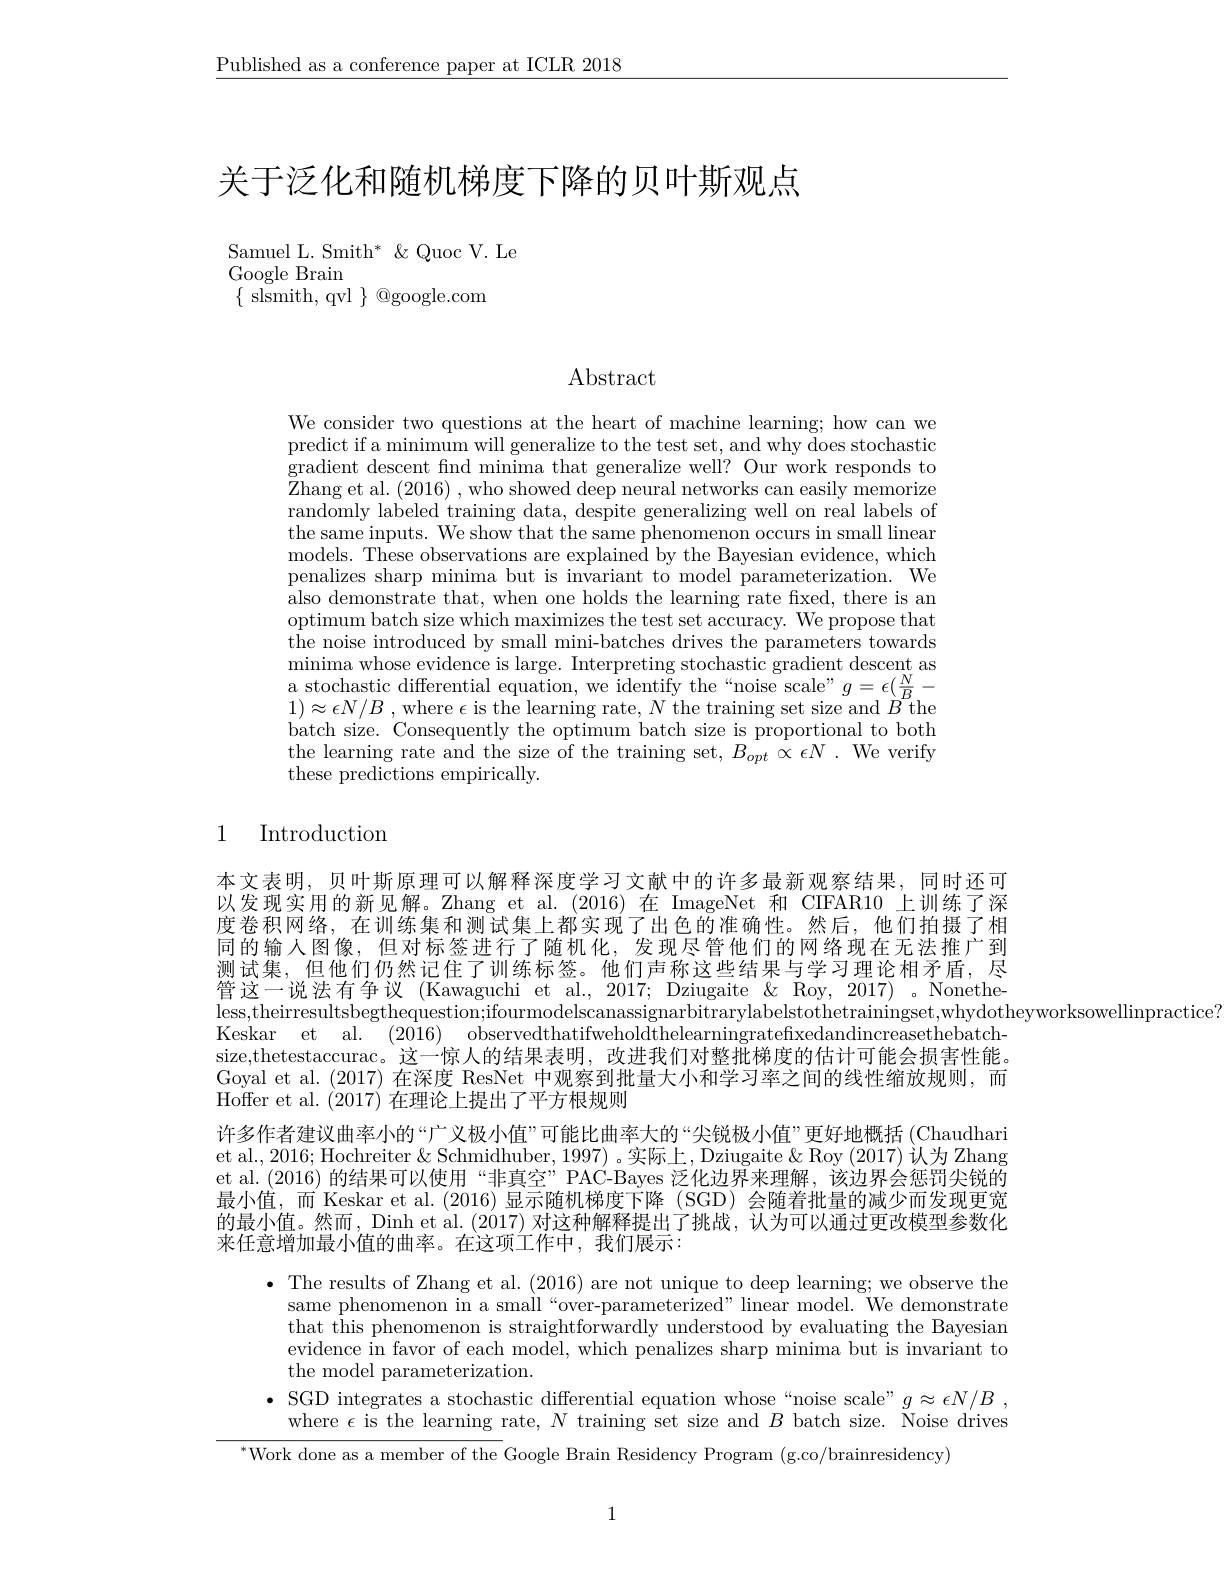
$\underline{\text{Published as a conference paper at ICLR 2018}}$

# 关于泛化和随机梯度下降的贝叶斯观点

Samuel L. Smith* &Quoc V. Le
Google Brain
$\{$ slsmith, qvl $\}$ Qgoogle.com

$\operatorname{Abstract}$

We consider two questions at the heart of machine learning; how can we predict if a minimum will generalize to the test set, and why does stochastic gradient descent find minima that generalize well? Our work responds to Zhang et al. (2016) , who showed deep neural networks can easily memorize randomly labeled training data, despite generalizing well on real labels of the same inputs. We show that the same phenomenon occurs in small linear models. These observations are explained by the Bayesian evidence, which penalizes sharp minima but is invariant to model parameterization. We also demonstrate that, when one holds the learning rate fixed, there is an optimum batch size which maximizes the test set accuracy. We propose that the noise introduced by small mini-batches drives the parameters towards minima whose evidence is large. Interpreting stochastic gradient descent as $\begin{array}{cc}\mathrm{a~stochastic~differential~equation,~we~identify~the~“noise~scale”}\\\mathrm{1~a~N/D~-~b~th~}\mathrm{~a~th~}\mathrm{~a~th~}\mathrm{~a~th~}\mathrm{~a~th~}\mathrm{~a~th~}\mathrm{~a~th~}\mathrm{~a~th~}\mathrm{~a~th~}\mathrm{~a~th~}\mathrm{~a~th~}\mathrm{~a~th~}\mathrm{~a~th~}\mathrm{~e~identify~the~}\mathrm{~}\mathrm{~a~th~}\mathrm{~a~th~}\mathrm{~a~th~}\mathrm{~a~th~}\mathrm{~a~th~}\mathrm{~a~th}\end{array}$ $1)\approx\epsilon N/B$ , where $\epsilon$ is the learning rate, $N$ the training set size and $\dot{B}^{D}$the batch size. Consequently the optimum batch size is proportional to both the learning rate and the size of the training set, $B_opt$ $\propto\epsilon N.$ We verify these predictions empirically.

## 1 Introduction

本文表明，贝叶斯原理可以解释深度学习文献中的许多最新观察结果，同时还可以发现实用的新见解。Zhang et al.(2016)在 ImageNet 和 CIFAR10 上训练了深度卷积网络，在训练集和测试集上都实现了出色的准确性。然后，他们拍摄了相同的输入图像，但对标签进行了随机化，发现尽管他们的网络现在无法推广到测试集，但他们仍然记住了训练标签。他们声称这些结果与学习理论相矛盾，尽管这一说法有争议 (Kawaguchi et al., 2017; Dziugaite & Roy, 2017) 。Nonethe日 定 less, theirresultsbegthequestion; ifourmodelscanassignarbitrarylabelstothetrainingset, whydotheyworksowellinpractice? less, theirresultsbegthequestion; ifourmodelscanassignarbitrarylabelstothetrainingset, whydothę yworksowellinpractice? Veres, th
Keskar et al. (2016) observedthatifweholdthelearningratefixedandincreasethebatchsize,thetestaccurac。这一惊人的结果表明，改进我们对整批梯度的估计可能会损害性能。Goyal et al.(2017)在深度 ResNet 中观察到批量大小和学习率之间的线性缩放规则，而Hoffer et al. ( 2017) 在 理 论 上 提 出 了 平 方 根 规 则
许多作者建议曲率小的“广义极小值”可能比曲率大的“尖锐极小值”更好地概括 (Chaudhari et al., 2016; Hochreiter & Schmidhuber, 1997) 。实际上，Dziugaite & Roy (2017) 认为 Zhang et al.(2016)的结果可以使用“非真空”PAC-Bayes 泛化边界来理解，该边界会惩罚尖锐的最小值，而 Keskar et al. (2016) 显示随机梯度下降 (SGD) 会随着批量的减少而发现更宽的最小值。然而，Dinh et al.(2017) 对这种解释提出了挑战，认为可以通过更改模型参数化来任意增加最小值的曲率。在这项工作中，我们展示：

$\bullet$ The results of Zhang et al. (2016) are not unique to deep learning; we observe the
same phenomenon in a small“over-parameterized” linear model. We demonstrate that this phenomenon is straightforwardly understood by evaluating the Bayesian evidence in favor of each model, which penalizes sharp minima but is invariant to the model parameterization.
$\bullet$ SGD integrates a stochastic differential equation whose“noise scale”$g\approx \epsilon N/ B$ ,
where $\epsilon$ is the learning rate, $N$ training set size and $B$ batch size. Noise drives
$^{*}$Work done as a member of the Google Brain Residency Program (g.co/brainresidency)

1